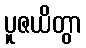
ပူဇယိတွာ